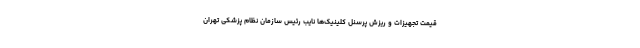
قیمت تجهیزات و ریزش پرسنل کلینیک‌ها نایب رئیس سازمان نظام پزشکی تهران